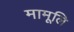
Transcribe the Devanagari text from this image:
मामूलि